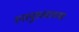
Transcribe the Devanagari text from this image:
स्नायुस्तराच्या